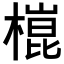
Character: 𣙍